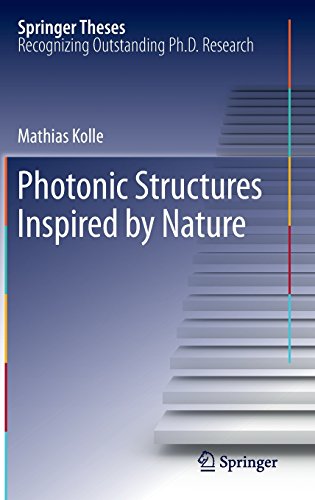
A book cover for Photonic Structures Inspired by Nature (Springer Theses); Mathias Kolle; Science & Math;